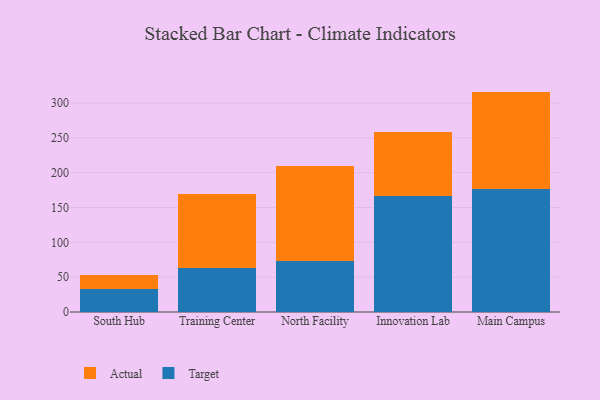
{"axis": {"x": "Campus", "y": "Latency (ms)"}, "legend": ["Actual", "Target"], "data": [{"x": "South Hub", "y": 33.0, "type": "Target"}, {"x": "South Hub", "y": 19.7, "type": "Actual"}, {"x": "Training Center", "y": 62.6, "type": "Target"}, {"x": "Training Center", "y": 106.1, "type": "Actual"}, {"x": "North Facility", "y": 73.8, "type": "Target"}, {"x": "North Facility", "y": 135.8, "type": "Actual"}, {"x": "Innovation Lab", "y": 167.2, "type": "Target"}, {"x": "Innovation Lab", "y": 90.9, "type": "Actual"}, {"x": "Main Campus", "y": 177.3, "type": "Target"}, {"x": "Main Campus", "y": 139.1, "type": "Actual"}]}